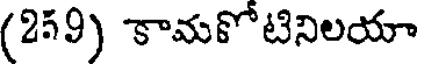
(259) కామకోటినిలయా